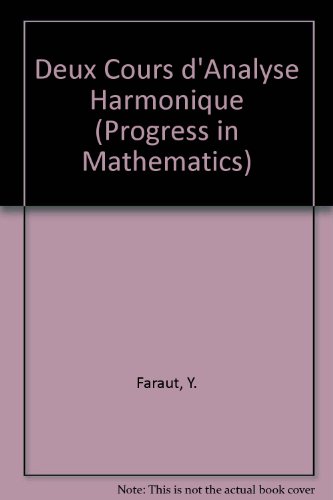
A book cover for Deux Cours D'analyse Harmonique  (Progress in Mathematics) (French Edition); J. Faraut; Science & Math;